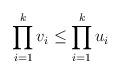
LaTeX: \begin{align*} \prod_{i=1}^k v_i \leq \prod_{i=1}^k u_i \end{align*}